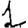
Digit: 1